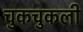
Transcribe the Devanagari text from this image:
चुकचुकली